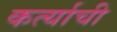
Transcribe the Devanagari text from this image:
कर्त्याची